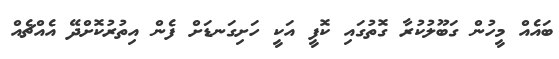
ބައެއް މީހުން ގަބޫލުކުރާ ގޮތުގައި ކޮފީ އަކީ ހަށިގަނޑަށް ފެން އިތުރުކޮށްދޭ އެއްޗެއް